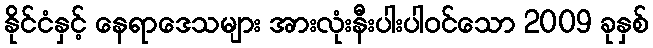
နိုင်ငံနှင့် နေရာဒေသများ အားလုံးနီးပါးပါဝင်သော 2009 ခုနှစ်